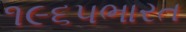
૧૯૬૫ભારત